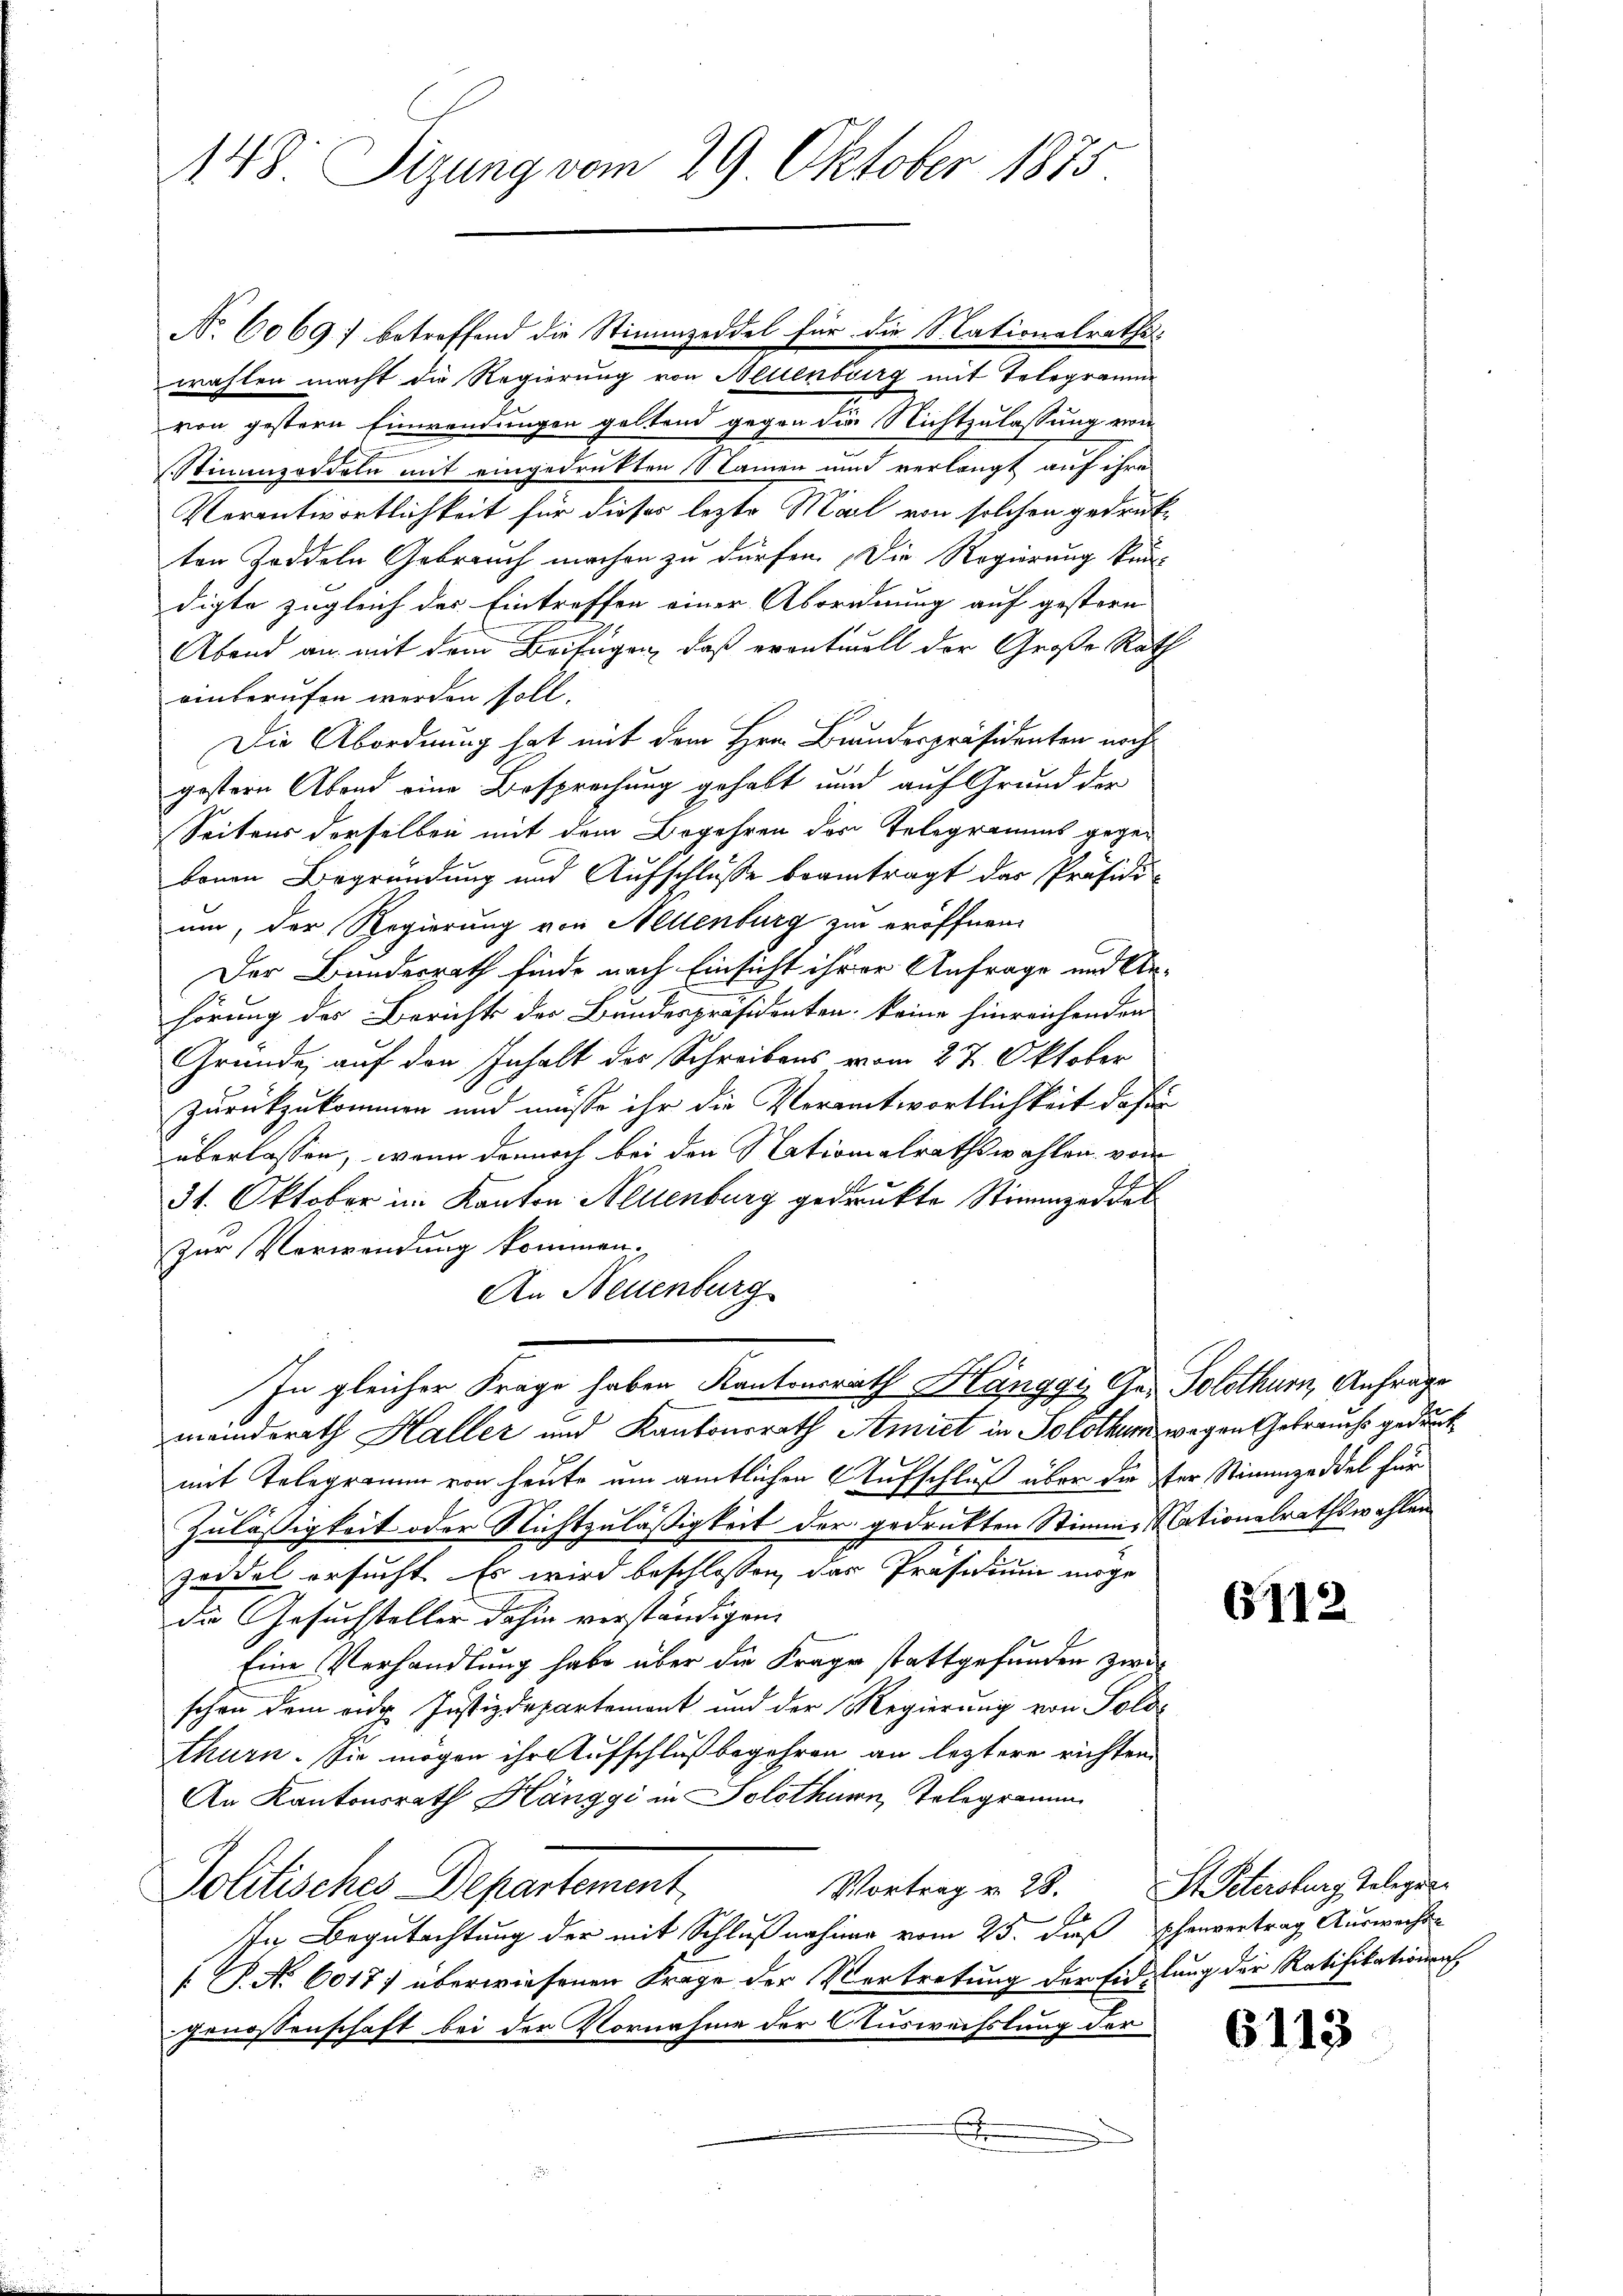
148 Sizung vom 29. Oktober 1875.

No 6069; betreffend die Stimmzeddel für die Nationalrathswahlen macht die Regierung von Neuenburg mit Telegramm
von gestern Einwendungen geltend gegen die Nichtzulassung von
Stimmzeddeln mit eingedrukten Namen und verlangt auf ihre
Verantwortlichkeit für dieses lezte Mal von solchen gedrukten Zoddeln Gebrauch machen zu dürfen. Die Regierung kandigte zugleich des Eintreffen einer Abordnung auf gestern-
Abend an mit dem Beifügen, daß erantwoll der Große Rath
einberufen werden soll.
Die Abordnung hat mit dem Hrn. Bundespräsidenten noch
gestern Abend eine Besprechung gehabt und auf Grund der
Seitens derselben mit dem Begehren des Telegramms gegen
benen Begründung und Aufschlüsse beantragt das Präsidi-
um, der Regierung von Mellenburg zu eröffnen.
Der Bundesrath finde nach Einsicht ihrer Anfrage und Anhörung des Berichts des Bundespräsidenten keine hinreichenden
Gründe, auf den Inhalt des Schreibens vom 27. Oktober
zurückzukommen und müsse ihr die Verantwortlichkeit das
überlassen, wenn dennoch bei den Nationalrathswahlen von
31. Oktober im Kanton Neuenburg gedruckte Stimmzeddel
zur Verwendung kommen.
An Neuenburg
In gleicher Frage haben Kantonsrath Hänggi, Gas Solothurn, Anfrage
meinderath Haller und Kantonsrath Amiet in Solothurn, wegen Gebrauchs gedruck
mit Telegramm von heute um amtlichen Aufschluß über die der Stimmzeddel für
Zulässigkeit oder Nichtzuläßigkeit der gedrukten Stimme Nationalrathswahlen
Zeddel ersucht. Es wird beschlossen, das Präsidium möge
die Gesuchsteller dahin verständigen.
Eine Verhandlung habe über die Krage stattgefunden zwischon dem eidg. Justizdepartement und der Regierung von Solds
thurn. Sie mögen ihr Aufschluß begehren an leztere richten
An Kantonsrath Hänggi in Solothurn, Telegramm
Politisches Departement
E
In Begutachtung der mit Schlußnahme vom 25. dieß Thenvertrag Auswechte
[ P. N. 6017) überwiesenen Frage der Vertretung der Eidstung der Ratifikationens
Genossenschaft bei der Vornahme der Auswechslung der
x

t
d

6112

Vortrag v. 28. St. Petersburg, Telegen¬

6113